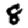
Digit: 8